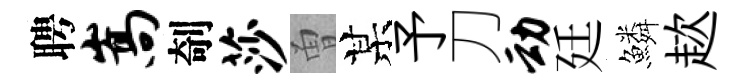
聘嵩剞莎曽某予刀动廷鱗趑